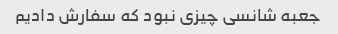
جعبه شانسی چیزی نبود که سفارش دادیم